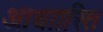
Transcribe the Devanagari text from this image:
आधाारित